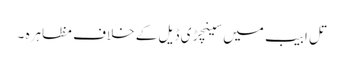
تل ابیب میں سینچڑی ڈیل کے خلاف مظاہرہ ۔